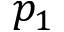
p _ { 1 }